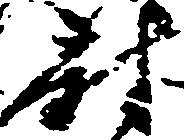
尉